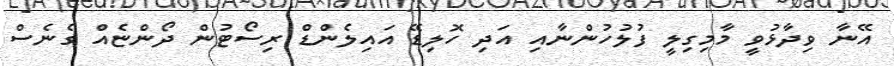
އޭނާ ވިދާޅުވީ މާމިގިލީ ފުލުހުންނާއި އަދި ހޮލިޑޭ އައިލެންޑް ރިސޯޓުން ދޯންޏެއް ގެނެސް